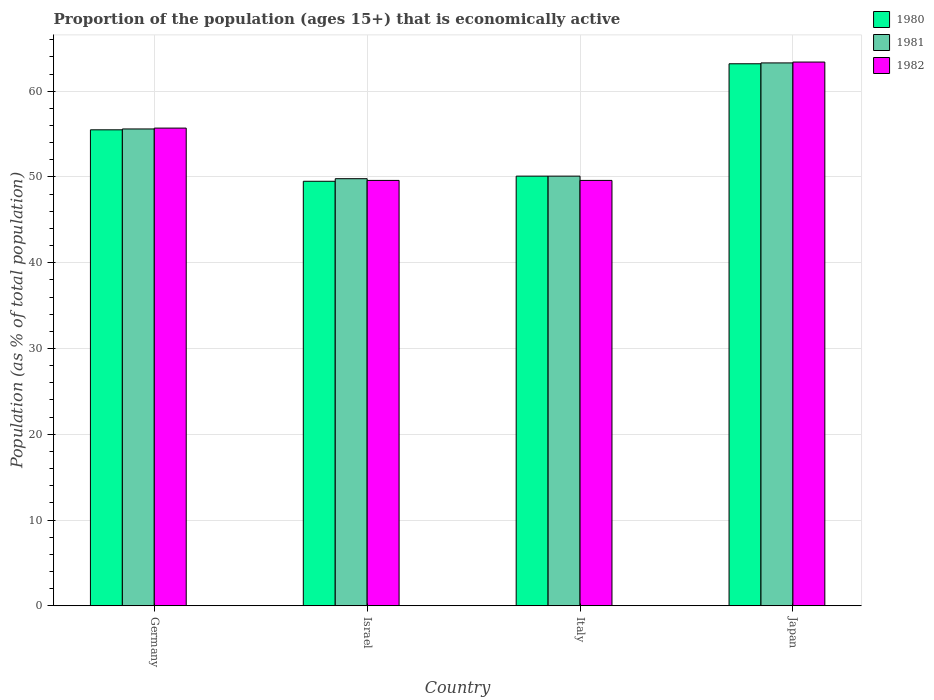
| Country | 1980 | 1981 | 1982 |
 | --- | --- | --- | --- |
 | Germany | 55.5 | 55.6 | 55.7 |
 | Israel | 49.5 | 49.8 | 49.6 |
 | Italy | 50.1 | 50.1 | 49.6 |
 | Japan | 63.2 | 63.3 | 63.4 |